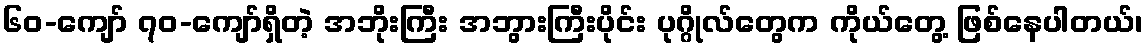
၆၀-ကျော် ၇၀-ကျော်ရှိတဲ့ အဘိုးကြီး အဘွားကြီးပိုင်း ပုဂ္ဂိုလ်တွေက ကိုယ်တွေ့ ဖြစ်နေပါတယ်၊